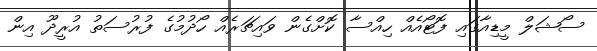
ސޯޝަލް މީޑިއާގައި ފޮޓޯއެއް ހިއްސާ ކޮށްގެން ވައިޗަރެއް ހޯދުމުގެ ފުރުސަތު އުރީދޫ އިން